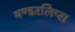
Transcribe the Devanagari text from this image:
थण्डरलिप्स